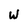
Character: W